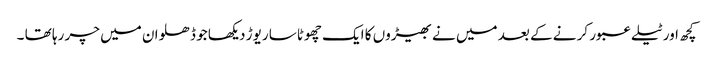
کچھ اور ٹیلے عبور کر نے کے بعد میں نے بھیڑوں کا ایک چھوٹاسا ریوڑ دیکھا جو ڈھلوان میں چر رہا تھا ۔